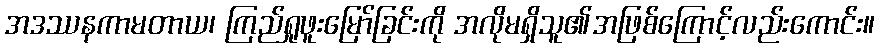
အဒဿနကာမတာယ၊ ကြည်ရှုဖူးမြော်ခြင်းကို အလိုမရှိသူ၏အဖြစ်ကြောင့်လည်းကောင်း။